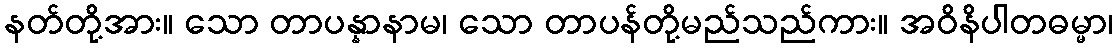
နတ်တို့အား။ သော တာပန္နာနာမ၊ သော တာပန်တို့မည်သည်ကား။ အဝိနိပါတဓမ္မာ၊